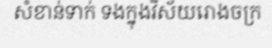
សំខាន់ទាក់ ទងក្នុងវិស័យរោងចក្រ